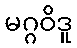
မဂ္ဂဝိဒူ